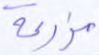
مزرعة